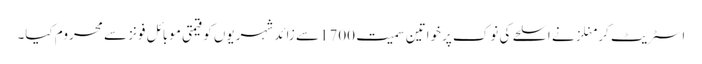
اسٹریٹ کر منلزنے اسلحے کی نوک پرخواتین سمیت 1700سے زائد شہریوں کو قیمتی موبائل فونز سے محروم کیا۔